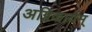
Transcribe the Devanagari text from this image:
अग्निकार्यम्